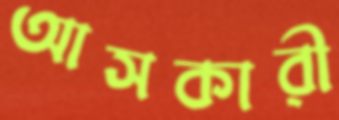
আসকারী